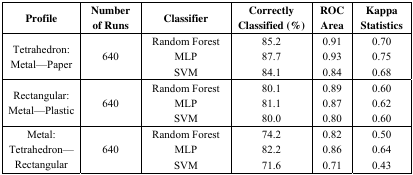
| Profile | Number of Runs | Classifier | Correctly Classified (%) | ROC Area | Kappa Statistics |
 | --- | --- | --- | --- | --- | --- |
 | <ROWSPAN=3> Tetrahedron: Metal—Paper | <ROWSPAN=3> 640 | Random Forest | 85.2 | 0.91 | 0.70 |
 | MLP | 87.7 | 0.93 | 0.75 |
 | SVM | 84.1 | 0.84 | 0.68 |
 | <ROWSPAN=3> Rectangular: Metal—Plastic | <ROWSPAN=3> 640 | Random Forest | 80.1 | 0.89 | 0.60 |
 | MLP | 81.1 | 0.87 | 0.62 |
 | SVM | 80.0 | 0.80 | 0.60 |
 | <ROWSPAN=3> Metal: Tetrahedron—Rectangular | <ROWSPAN=3> 640 | Random Forest | 74.2 | 0.82 | 0.50 |
 | MLP | 82.2 | 0.86 | 0.64 |
 | SVM | 71.6 | 0.71 | 0.43 |